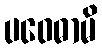
ပဝေဓာမိ